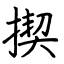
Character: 揳